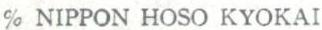
% NIPPON HOSO KYOKAI